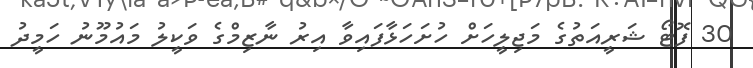
30 ފޮޓޯ ޝަރީއަތުގެ މަޖިލީހަށް ހުށަހަޅާފައިވާ އިރު ނާޒިމްގެ ވަކީލު މައުމޫނު ހަމީދު